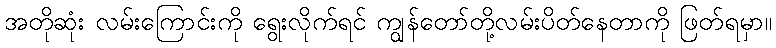
အတိုဆုံး လမ်းကြောင်းကို ရွေးလိုက်ရင် ကျွန်တော်တို့လမ်းပိတ်နေတာကို ဖြတ်ရမှာ။